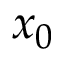
x _ { 0 }